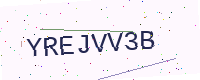
Text: YREJVV3B